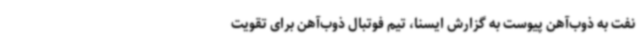
نفت به ذوب‌آهن پیوست به گزارش ایسنا، تیم فوتبال ذوب‌آهن برای تقویت